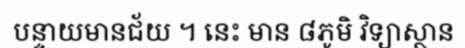
បន្ទាយមានជ័យ ។ នេះ មាន ៨ភូមិ វិទ្យាស្ថាន